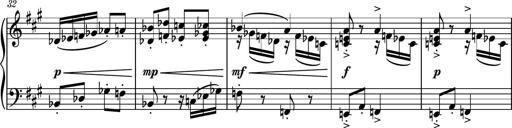
Title: Piano Sonatina No.6
Composer: Dimitri Sykias
Key: A major